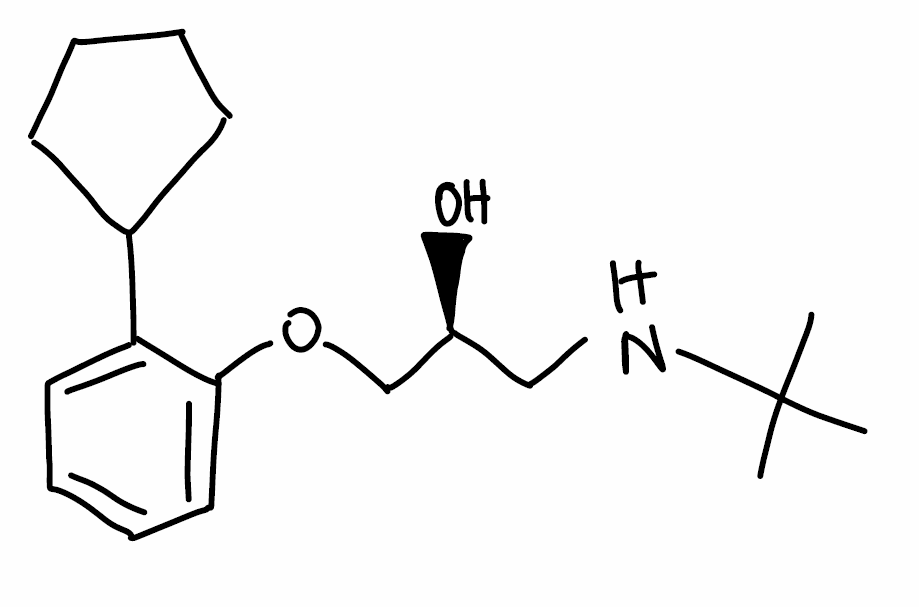
Simplified molecular-input line-entry system (SMILES) notation of the given molecule:
CC(C)(C)NC[C@@H](COC1=CC=CC=C1C2CCCC2)O